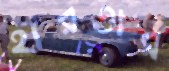
হারতার